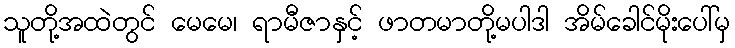
သူတို့အထဲတွင် မေမေ၊ ရာမီဇာနှင့် ဖာတမာတို့မပါဒါ အိမ်ခေါင်မိုးပေါ်မှ